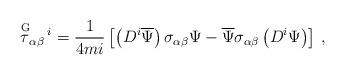
LaTeX: \begin{align*} \stackrel{{\rm G}}{\tau}_{\alpha\beta}{}^{\!i} = \frac{1}{4mi} \left[ \left(D^i\overline{\Psi}\right) \sigma_{\alpha\beta} \Psi - \overline{\Psi} \sigma_{\alpha\beta} \left( D^i \Psi \right) \right] \,,\end{align*}